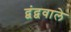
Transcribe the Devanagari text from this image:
द्वंद्ववाले